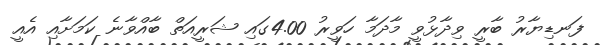
ފަނޑިޔާރު ބާރީ ވިދާޅުވީ މާދަމާ ހަވީރު 4.00ގައި ޝަރީއަތް ބާއްވާނެ ކަމަށާއި އެއީ